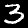
Label: 3